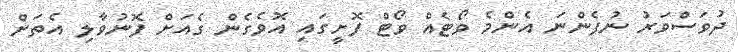
ދުވަސްވަރު ނުފެންނަ އެންމެ ވޯޓެއް ވޯޓް ފޮށީގައި އޮވެގެން ގެއަށް ފޮނުވާލި އެތަށް